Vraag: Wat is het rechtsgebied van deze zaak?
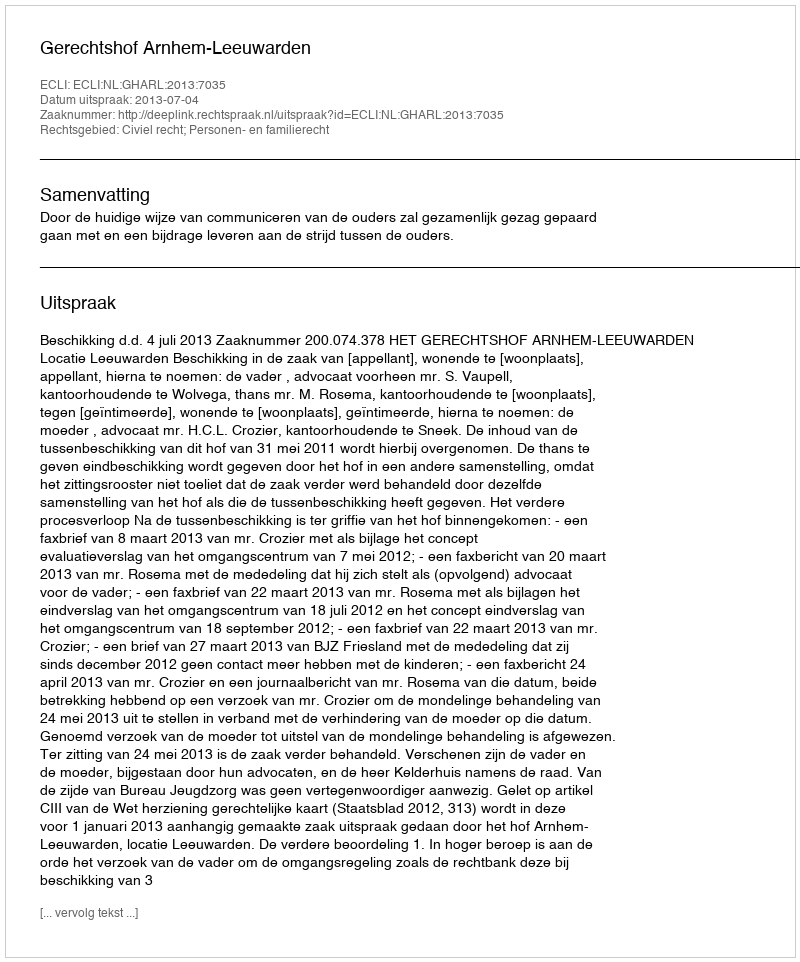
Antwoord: Civiel recht; Personen- en familierecht